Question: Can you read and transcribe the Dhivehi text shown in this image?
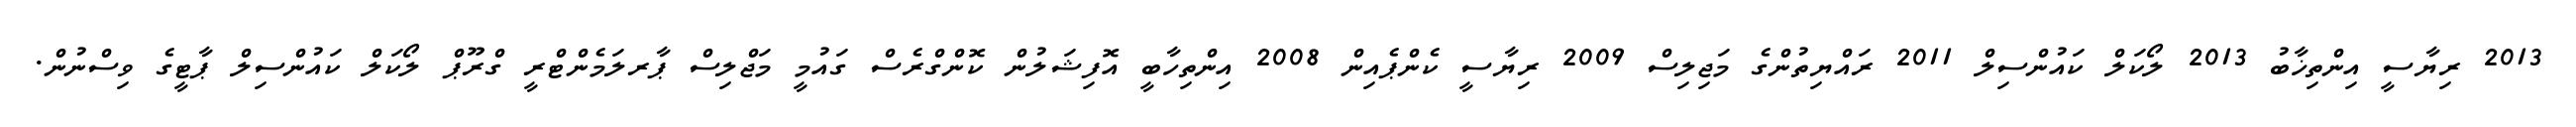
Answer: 2013 ރިޔާސީ އިންތިޚާބު 2013 ލޯކަލް ކައުންސިލް 2011 ރައްޔިތުންގެ މަޖިލިސް 2009 ރިޔާސީ ކެންޕެއިން 2008 އިންތިހާބީ އޮފިޝަލުން ކޮންގްރެސް ގައުމީ މަޖްލިސް ޕާރލަމެންޓްރީ ގްރޫޕް ލޯކަލް ކައުންސިލް ޕާޓީގެ ވިސްނުން.